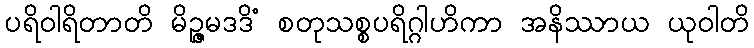
ပရိဝါရိတာတိ မိဉ္ဇမဒဒိံ စတုသစ္စပရိဂ္ဂါဟိကာ အနိဿာယ ယုဝါတိ